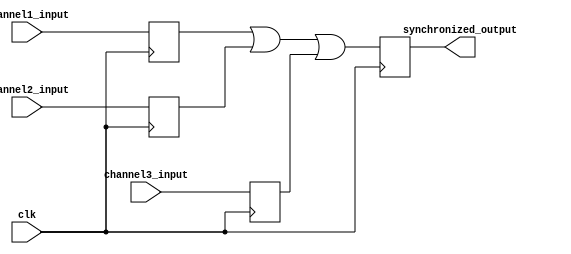
module multi_channel_synchronizer (
    input wire clk,
    input wire [7:0] channel1_input,
    input wire [7:0] channel2_input,
    input wire [7:0] channel3_input,
    
    output reg [7:0] synchronized_output
);

reg [7:0] channel1_data;
reg [7:0] channel2_data;
reg [7:0] channel3_data;

always @(posedge clk) begin
    channel1_data <= channel1_input;
    channel2_data <= channel2_input;
    channel3_data <= channel3_input;
    
    // Synchronization logic
    // Add your synchronization logic here
    
    // Error detection and correction logic
    // Add your error detection and correction logic here
    
    synchronized_output <= channel1_data | channel2_data | channel3_data;
end

endmodule